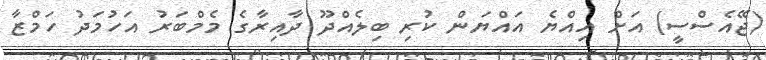
(ޖޭއެސްސީ) އަށް އިއްޔެ އައްޔަން ކުރި ބިލެއްދޫ ދާއިރާގެ މެމްބަރު އަހުމަދު ހަމްޒާ